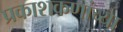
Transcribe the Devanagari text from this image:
प्रकाशकणांच्या